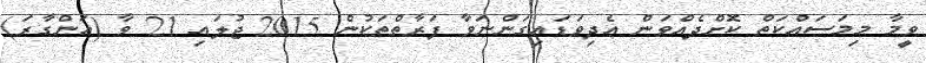
ވީމާ މިމަސައްކަތް ކޮށްދެއްވަން އެދިވަޑައިގަންނަވާ ފަރާތްތަކުން 2015 ޖުލައި 21 ވާ (އަންގާރަ)